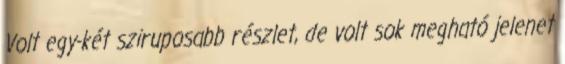
Volt egy-két sziruposabb részlet, de volt sok megható jelenet